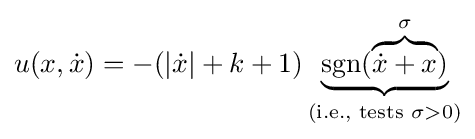
u(x,{\dot {x}})=-(|{\dot {x}}|+k+1)\underbrace {\operatorname {sgn} (\overbrace {{\dot {x}}+x} ^{\sigma })} _{{\text{(i.e., tests }}\sigma >0{\text{)}}}